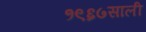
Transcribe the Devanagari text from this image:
१९६७साली